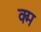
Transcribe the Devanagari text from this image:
क्म